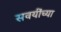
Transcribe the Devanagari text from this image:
सवयींच्या